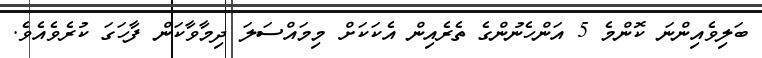
ބަލިވެއިންނަ ކޮންމެ 5 އަންހެނުންގެ ތެރެއިން އެކަކަށް މިމައްސަލަ ދިމާވާކަން ފާހަގަ ކުރެވެއެވެ.